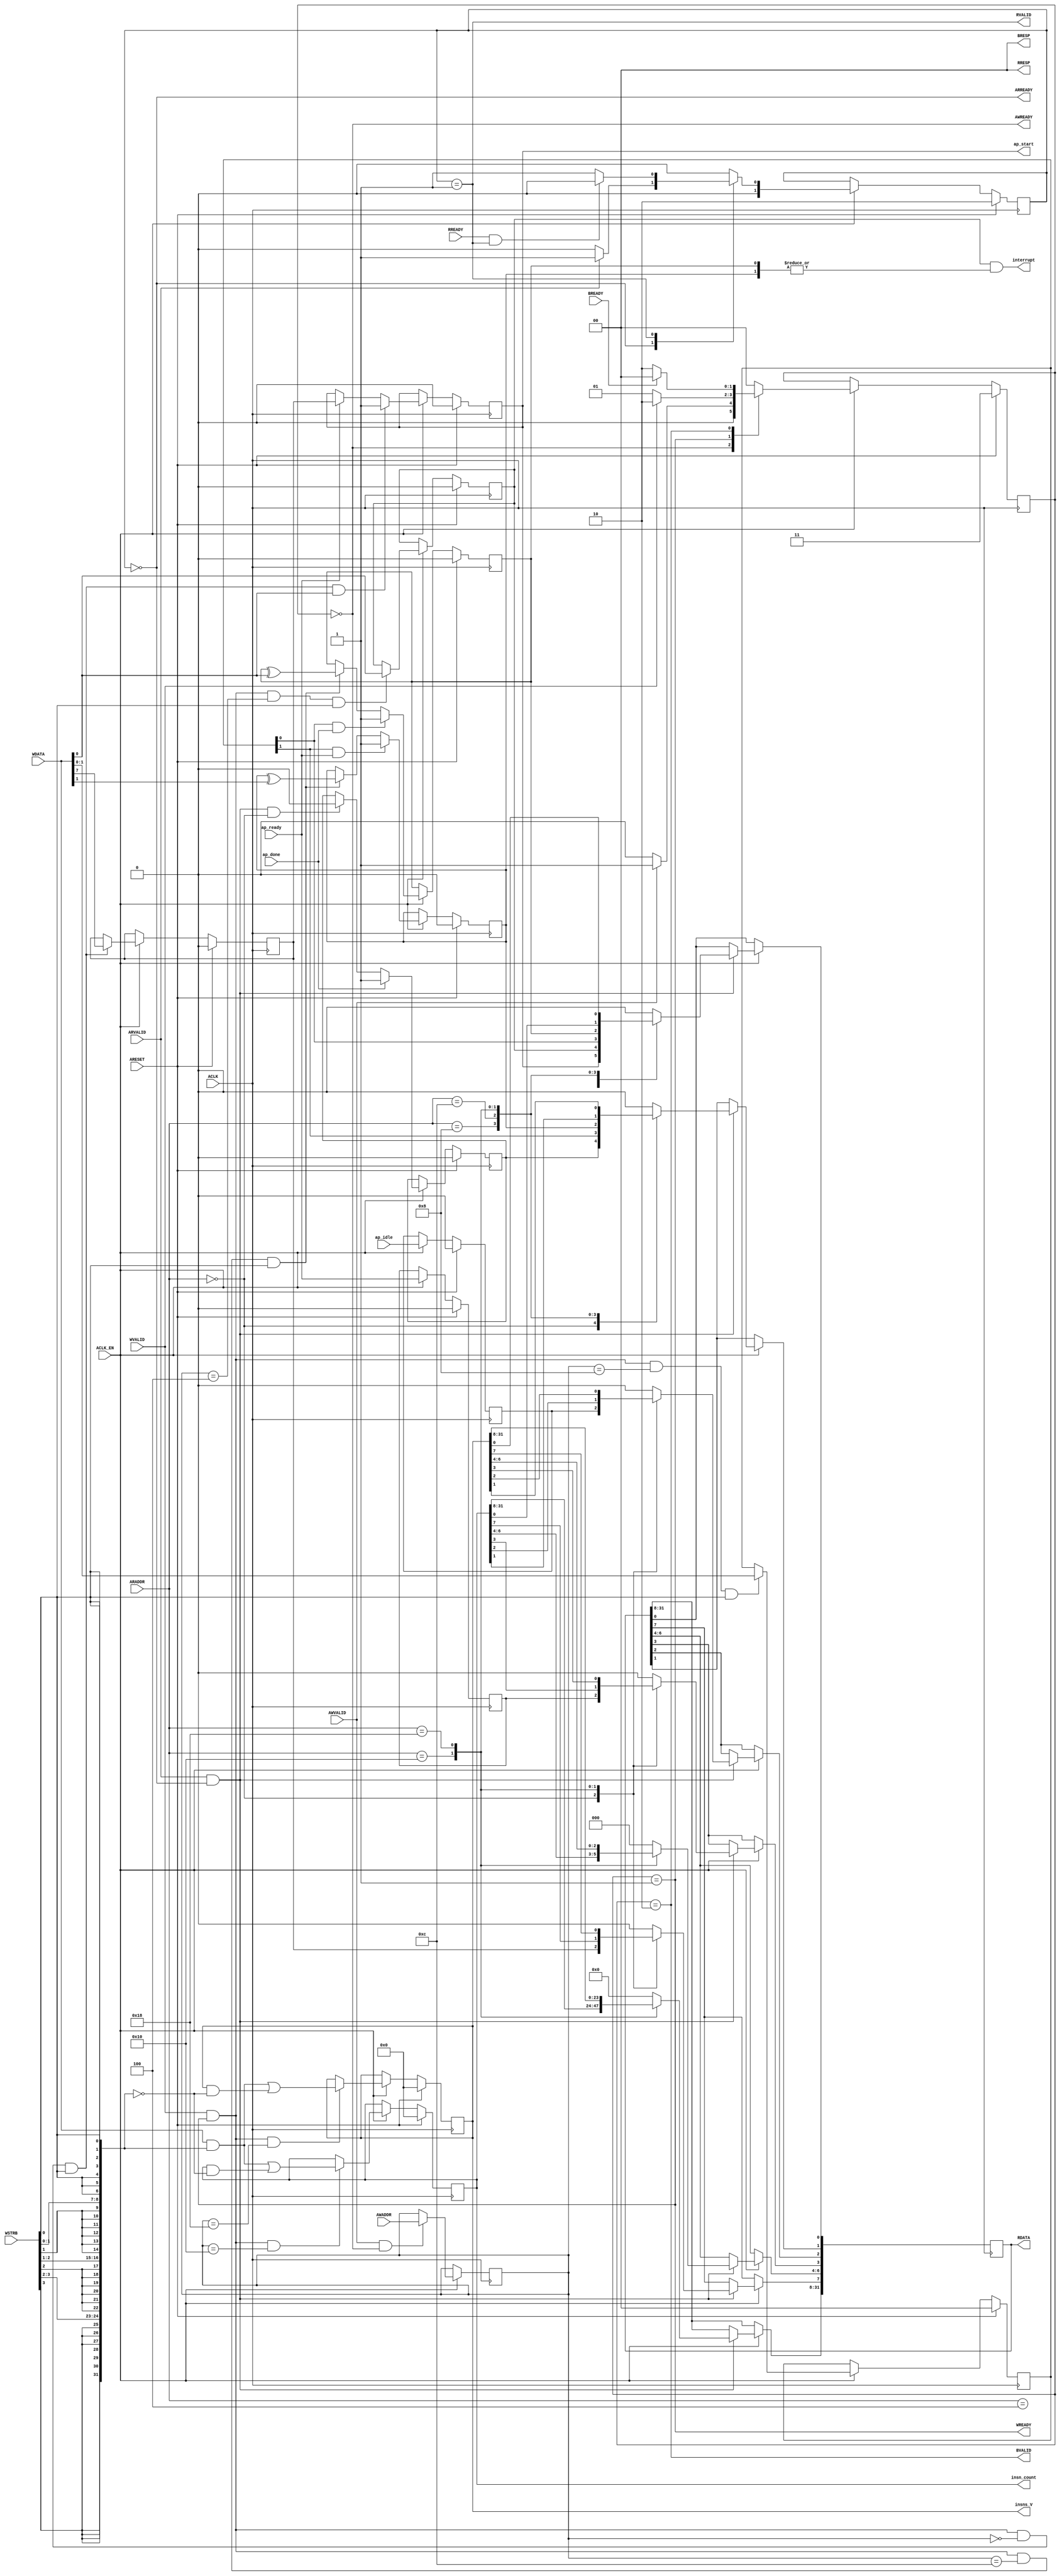
// ==============================================================
// Vivado(TM) HLS - High-Level Synthesis from C, C++ and SystemC v2020.1.1 (64-bit)
// Copyright 1986-2020 Xilinx, Inc. All Rights Reserved.
// ==============================================================
`timescale 1ns/1ps
module fetch_CONTROL_BUS_s_axi
#(parameter
    C_S_AXI_ADDR_WIDTH = 5,
    C_S_AXI_DATA_WIDTH = 32
)(
    input  wire                          ACLK,
    input  wire                          ARESET,
    input  wire                          ACLK_EN,
    input  wire [C_S_AXI_ADDR_WIDTH-1:0] AWADDR,
    input  wire                          AWVALID,
    output wire                          AWREADY,
    input  wire [C_S_AXI_DATA_WIDTH-1:0] WDATA,
    input  wire [C_S_AXI_DATA_WIDTH/8-1:0] WSTRB,
    input  wire                          WVALID,
    output wire                          WREADY,
    output wire [1:0]                    BRESP,
    output wire                          BVALID,
    input  wire                          BREADY,
    input  wire [C_S_AXI_ADDR_WIDTH-1:0] ARADDR,
    input  wire                          ARVALID,
    output wire                          ARREADY,
    output wire [C_S_AXI_DATA_WIDTH-1:0] RDATA,
    output wire [1:0]                    RRESP,
    output wire                          RVALID,
    input  wire                          RREADY,
    output wire                          interrupt,
    output wire [31:0]                   insn_count,
    output wire                          ap_start,
    input  wire                          ap_done,
    input  wire                          ap_ready,
    input  wire                          ap_idle,
    output wire [31:0]                   insns_V
);
//------------------------Address Info-------------------
// 0x00 : Control signals
//        bit 0  - ap_start (Read/Write/COH)
//        bit 1  - ap_done (Read/COR)
//        bit 2  - ap_idle (Read)
//        bit 3  - ap_ready (Read)
//        bit 7  - auto_restart (Read/Write)
//        others - reserved
// 0x04 : Global Interrupt Enable Register
//        bit 0  - Global Interrupt Enable (Read/Write)
//        others - reserved
// 0x08 : IP Interrupt Enable Register (Read/Write)
//        bit 0  - Channel 0 (ap_done)
//        bit 1  - Channel 1 (ap_ready)
//        others - reserved
// 0x0c : IP Interrupt Status Register (Read/TOW)
//        bit 0  - Channel 0 (ap_done)
//        bit 1  - Channel 1 (ap_ready)
//        others - reserved
// 0x10 : Data signal of insn_count
//        bit 31~0 - insn_count[31:0] (Read/Write)
// 0x14 : reserved
// 0x18 : Data signal of insns_V
//        bit 31~0 - insns_V[31:0] (Read/Write)
// 0x1c : reserved
// (SC = Self Clear, COR = Clear on Read, TOW = Toggle on Write, COH = Clear on Handshake)

//------------------------Parameter----------------------
localparam
    ADDR_AP_CTRL           = 5'h00,
    ADDR_GIE               = 5'h04,
    ADDR_IER               = 5'h08,
    ADDR_ISR               = 5'h0c,
    ADDR_INSN_COUNT_DATA_0 = 5'h10,
    ADDR_INSN_COUNT_CTRL   = 5'h14,
    ADDR_INSNS_V_DATA_0    = 5'h18,
    ADDR_INSNS_V_CTRL      = 5'h1c,
    WRIDLE                 = 2'd0,
    WRDATA                 = 2'd1,
    WRRESP                 = 2'd2,
    WRRESET                = 2'd3,
    RDIDLE                 = 2'd0,
    RDDATA                 = 2'd1,
    RDRESET                = 2'd2,
    ADDR_BITS         = 5;

//------------------------Local signal-------------------
    reg  [1:0]                    wstate = WRRESET;
    reg  [1:0]                    wnext;
    reg  [ADDR_BITS-1:0]          waddr;
    wire [31:0]                   wmask;
    wire                          aw_hs;
    wire                          w_hs;
    reg  [1:0]                    rstate = RDRESET;
    reg  [1:0]                    rnext;
    reg  [31:0]                   rdata;
    wire                          ar_hs;
    wire [ADDR_BITS-1:0]          raddr;
    // internal registers
    reg                           int_ap_idle;
    reg                           int_ap_ready;
    reg                           int_ap_done = 1'b0;
    reg                           int_ap_start = 1'b0;
    reg                           int_auto_restart = 1'b0;
    reg                           int_gie = 1'b0;
    reg  [1:0]                    int_ier = 2'b0;
    reg  [1:0]                    int_isr = 2'b0;
    reg  [31:0]                   int_insn_count = 'b0;
    reg  [31:0]                   int_insns_V = 'b0;

//------------------------Instantiation------------------

//------------------------AXI write fsm------------------
assign AWREADY = (wstate == WRIDLE);
assign WREADY  = (wstate == WRDATA);
assign BRESP   = 2'b00;  // OKAY
assign BVALID  = (wstate == WRRESP);
assign wmask   = { {8{WSTRB[3]}}, {8{WSTRB[2]}}, {8{WSTRB[1]}}, {8{WSTRB[0]}} };
assign aw_hs   = AWVALID & AWREADY;
assign w_hs    = WVALID & WREADY;

// wstate
always @(posedge ACLK) begin
    if (ARESET)
        wstate <= WRRESET;
    else if (ACLK_EN)
        wstate <= wnext;
end

// wnext
always @(*) begin
    case (wstate)
        WRIDLE:
            if (AWVALID)
                wnext = WRDATA;
            else
                wnext = WRIDLE;
        WRDATA:
            if (WVALID)
                wnext = WRRESP;
            else
                wnext = WRDATA;
        WRRESP:
            if (BREADY)
                wnext = WRIDLE;
            else
                wnext = WRRESP;
        default:
            wnext = WRIDLE;
    endcase
end

// waddr
always @(posedge ACLK) begin
    if (ACLK_EN) begin
        if (aw_hs)
            waddr <= AWADDR[ADDR_BITS-1:0];
    end
end

//------------------------AXI read fsm-------------------
assign ARREADY = (rstate == RDIDLE);
assign RDATA   = rdata;
assign RRESP   = 2'b00;  // OKAY
assign RVALID  = (rstate == RDDATA);
assign ar_hs   = ARVALID & ARREADY;
assign raddr   = ARADDR[ADDR_BITS-1:0];

// rstate
always @(posedge ACLK) begin
    if (ARESET)
        rstate <= RDRESET;
    else if (ACLK_EN)
        rstate <= rnext;
end

// rnext
always @(*) begin
    case (rstate)
        RDIDLE:
            if (ARVALID)
                rnext = RDDATA;
            else
                rnext = RDIDLE;
        RDDATA:
            if (RREADY & RVALID)
                rnext = RDIDLE;
            else
                rnext = RDDATA;
        default:
            rnext = RDIDLE;
    endcase
end

// rdata
always @(posedge ACLK) begin
    if (ACLK_EN) begin
        if (ar_hs) begin
            rdata <= 1'b0;
            case (raddr)
                ADDR_AP_CTRL: begin
                    rdata[0] <= int_ap_start;
                    rdata[1] <= int_ap_done;
                    rdata[2] <= int_ap_idle;
                    rdata[3] <= int_ap_ready;
                    rdata[7] <= int_auto_restart;
                end
                ADDR_GIE: begin
                    rdata <= int_gie;
                end
                ADDR_IER: begin
                    rdata <= int_ier;
                end
                ADDR_ISR: begin
                    rdata <= int_isr;
                end
                ADDR_INSN_COUNT_DATA_0: begin
                    rdata <= int_insn_count[31:0];
                end
                ADDR_INSNS_V_DATA_0: begin
                    rdata <= int_insns_V[31:0];
                end
            endcase
        end
    end
end


//------------------------Register logic-----------------
assign interrupt  = int_gie & (|int_isr);
assign ap_start   = int_ap_start;
assign insn_count = int_insn_count;
assign insns_V    = int_insns_V;
// int_ap_start
always @(posedge ACLK) begin
    if (ARESET)
        int_ap_start <= 1'b0;
    else if (ACLK_EN) begin
        if (w_hs && waddr == ADDR_AP_CTRL && WSTRB[0] && WDATA[0])
            int_ap_start <= 1'b1;
        else if (ap_ready)
            int_ap_start <= int_auto_restart; // clear on handshake/auto restart
    end
end

// int_ap_done
always @(posedge ACLK) begin
    if (ARESET)
        int_ap_done <= 1'b0;
    else if (ACLK_EN) begin
        if (ap_done)
            int_ap_done <= 1'b1;
        else if (ar_hs && raddr == ADDR_AP_CTRL)
            int_ap_done <= 1'b0; // clear on read
    end
end

// int_ap_idle
always @(posedge ACLK) begin
    if (ARESET)
        int_ap_idle <= 1'b0;
    else if (ACLK_EN) begin
            int_ap_idle <= ap_idle;
    end
end

// int_ap_ready
always @(posedge ACLK) begin
    if (ARESET)
        int_ap_ready <= 1'b0;
    else if (ACLK_EN) begin
            int_ap_ready <= ap_ready;
    end
end

// int_auto_restart
always @(posedge ACLK) begin
    if (ARESET)
        int_auto_restart <= 1'b0;
    else if (ACLK_EN) begin
        if (w_hs && waddr == ADDR_AP_CTRL && WSTRB[0])
            int_auto_restart <=  WDATA[7];
    end
end

// int_gie
always @(posedge ACLK) begin
    if (ARESET)
        int_gie <= 1'b0;
    else if (ACLK_EN) begin
        if (w_hs && waddr == ADDR_GIE && WSTRB[0])
            int_gie <= WDATA[0];
    end
end

// int_ier
always @(posedge ACLK) begin
    if (ARESET)
        int_ier <= 1'b0;
    else if (ACLK_EN) begin
        if (w_hs && waddr == ADDR_IER && WSTRB[0])
            int_ier <= WDATA[1:0];
    end
end

// int_isr[0]
always @(posedge ACLK) begin
    if (ARESET)
        int_isr[0] <= 1'b0;
    else if (ACLK_EN) begin
        if (int_ier[0] & ap_done)
            int_isr[0] <= 1'b1;
        else if (w_hs && waddr == ADDR_ISR && WSTRB[0])
            int_isr[0] <= int_isr[0] ^ WDATA[0]; // toggle on write
    end
end

// int_isr[1]
always @(posedge ACLK) begin
    if (ARESET)
        int_isr[1] <= 1'b0;
    else if (ACLK_EN) begin
        if (int_ier[1] & ap_ready)
            int_isr[1] <= 1'b1;
        else if (w_hs && waddr == ADDR_ISR && WSTRB[0])
            int_isr[1] <= int_isr[1] ^ WDATA[1]; // toggle on write
    end
end

// int_insn_count[31:0]
always @(posedge ACLK) begin
    if (ARESET)
        int_insn_count[31:0] <= 0;
    else if (ACLK_EN) begin
        if (w_hs && waddr == ADDR_INSN_COUNT_DATA_0)
            int_insn_count[31:0] <= (WDATA[31:0] & wmask) | (int_insn_count[31:0] & ~wmask);
    end
end

// int_insns_V[31:0]
always @(posedge ACLK) begin
    if (ARESET)
        int_insns_V[31:0] <= 0;
    else if (ACLK_EN) begin
        if (w_hs && waddr == ADDR_INSNS_V_DATA_0)
            int_insns_V[31:0] <= (WDATA[31:0] & wmask) | (int_insns_V[31:0] & ~wmask);
    end
end


//------------------------Memory logic-------------------

endmodule